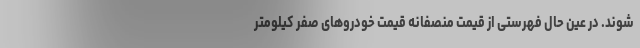
شوند. در عین حال فهرستی از قیمت منصفانه قیمت خودروهای صفر کیلومتر